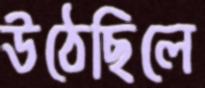
উঠেছিলে